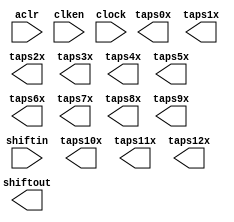
module line_buf_40pts_13lines (
	aclr,
	clken,
	clock,
	shiftin,
	shiftout,
	taps0x,
	taps10x,
	taps11x,
	taps12x,
	taps1x,
	taps2x,
	taps3x,
	taps4x,
	taps5x,
	taps6x,
	taps7x,
	taps8x,
	taps9x);

	input	  aclr;
	input	  clken;
	input	  clock;
	input	[35:0]  shiftin;
	output	[35:0]  shiftout;
	output	[35:0]  taps0x;
	output	[35:0]  taps10x;
	output	[35:0]  taps11x;
	output	[35:0]  taps12x;
	output	[35:0]  taps1x;
	output	[35:0]  taps2x;
	output	[35:0]  taps3x;
	output	[35:0]  taps4x;
	output	[35:0]  taps5x;
	output	[35:0]  taps6x;
	output	[35:0]  taps7x;
	output	[35:0]  taps8x;
	output	[35:0]  taps9x;
`ifndef ALTERA_RESERVED_QIS
// synopsys translate_off
`endif
	tri1	  aclr;
	tri1	  clken;
`ifndef ALTERA_RESERVED_QIS
// synopsys translate_on
`endif

endmodule